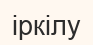
іркілу